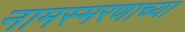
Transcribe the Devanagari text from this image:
नामस्मरणाच्या